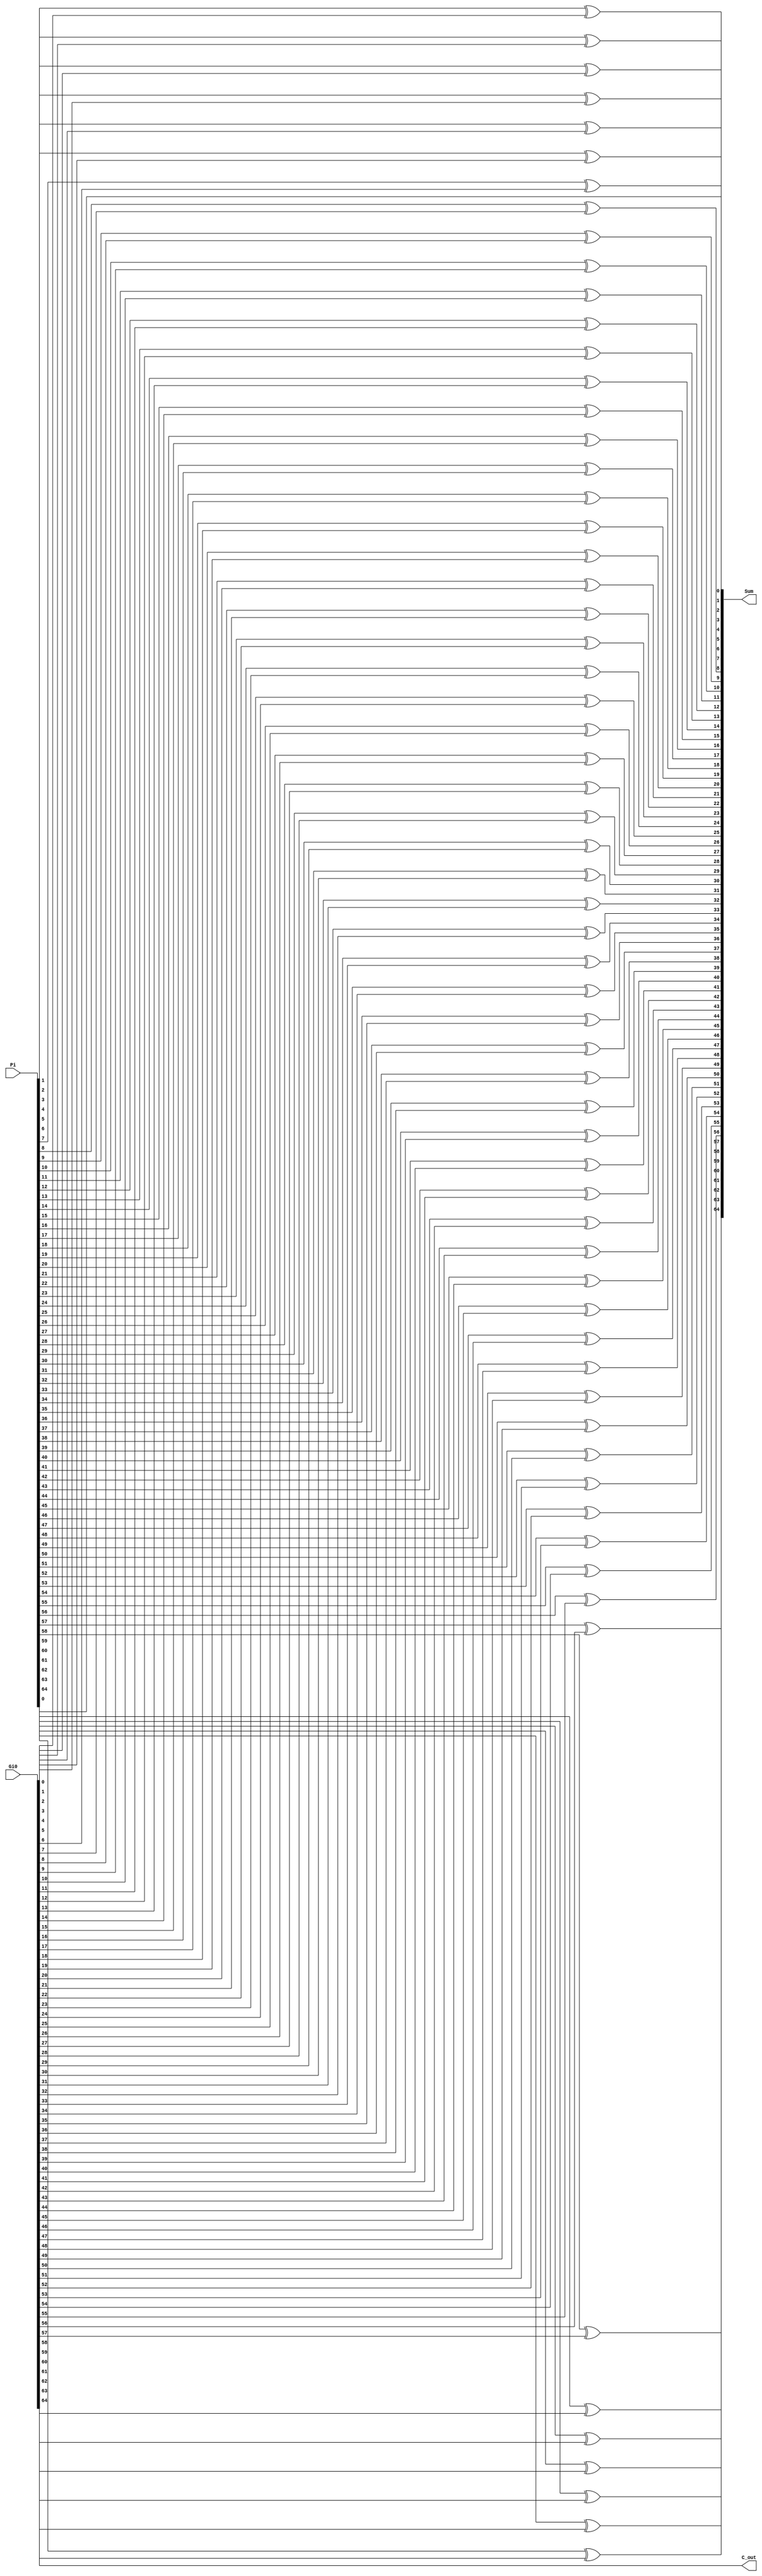
`timescale 1ns / 1ps
//////////////////////////////////////////////////////////////////////////////////
// Company: 
// Engineer: 
// 
// Design Name: 
// Module Name:    Sum_logic 
// Project Name: 
// Target Devices: 
// Tool versions: 
// Description: 
//
// Dependencies: 
//
// Revision: 
// Revision 0.01 - File Created
// Additional Comments: 
//
//////////////////////////////////////////////////////////////////////////////////
module Sum_logic(Sum, C_out, Gi0, Pi);
output [64:0]Sum;
output C_out;
input [64:0] Gi0, Pi;

assign Sum[0] = Pi[0];

xor x1(Sum[1], Pi[1], Gi0[0]);
xor x2(Sum[2], Pi[2], Gi0[1]);
xor x3(Sum[3], Pi[3], Gi0[2]);
xor x4(Sum[4], Pi[4], Gi0[3]);
xor x5(Sum[5], Pi[5], Gi0[4]);
xor x6(Sum[6], Pi[6], Gi0[5]);
xor x7(Sum[7], Pi[7], Gi0[6]);
xor x8(Sum[8], Pi[8], Gi0[7]);

xor x9(Sum[9], Pi[9], Gi0[8]);
xor x10(Sum[10], Pi[10], Gi0[9]);
xor x11(Sum[11], Pi[11], Gi0[10]);
xor x12(Sum[12], Pi[12], Gi0[11]);
xor x13(Sum[13], Pi[13], Gi0[12]);
xor x14(Sum[14], Pi[14], Gi0[13]);
xor x15(Sum[15], Pi[15], Gi0[14]);
xor x16(Sum[16], Pi[16], Gi0[15]);

xor x17(Sum[17], Pi[17], Gi0[16]);
xor x18(Sum[18], Pi[18], Gi0[17]);
xor x19(Sum[19], Pi[19], Gi0[18]);
xor x20(Sum[20], Pi[20], Gi0[19]);
xor x21(Sum[21], Pi[21], Gi0[20]);
xor x22(Sum[22], Pi[22], Gi0[21]);
xor x23(Sum[23], Pi[23], Gi0[22]);
xor x24(Sum[24], Pi[24], Gi0[23]);

xor x25(Sum[25], Pi[25], Gi0[24]);
xor x26(Sum[26], Pi[26], Gi0[25]);
xor x27(Sum[27], Pi[27], Gi0[26]);
xor x28(Sum[28], Pi[28], Gi0[27]);
xor x29(Sum[29], Pi[29], Gi0[28]);
xor x30(Sum[30], Pi[30], Gi0[29]);
xor x31(Sum[31], Pi[31], Gi0[30]);
xor x32(Sum[32], Pi[32], Gi0[31]);

xor x33(Sum[33], Pi[33], Gi0[32]);
xor x34(Sum[34], Pi[34], Gi0[33]);
xor x35(Sum[35], Pi[35], Gi0[34]);
xor x36(Sum[36], Pi[36], Gi0[35]);
xor x37(Sum[37], Pi[37], Gi0[36]);
xor x38(Sum[38], Pi[38], Gi0[37]);
xor x39(Sum[39], Pi[39], Gi0[38]);
xor x40(Sum[40], Pi[40], Gi0[39]);

xor x41(Sum[41], Pi[41], Gi0[40]);
xor x42(Sum[42], Pi[42], Gi0[41]);
xor x43(Sum[43], Pi[43], Gi0[42]);
xor x44(Sum[44], Pi[44], Gi0[43]);
xor x45(Sum[45], Pi[45], Gi0[44]);
xor x46(Sum[46], Pi[46], Gi0[45]);
xor x47(Sum[47], Pi[47], Gi0[46]);
xor x48(Sum[48], Pi[48], Gi0[47]);

xor x49(Sum[49], Pi[49], Gi0[48]);
xor x50(Sum[50], Pi[50], Gi0[49]);
xor x51(Sum[51], Pi[51], Gi0[50]);
xor x52(Sum[52], Pi[52], Gi0[51]);
xor x53(Sum[53], Pi[53], Gi0[52]);
xor x54(Sum[54], Pi[54], Gi0[53]);
xor x55(Sum[55], Pi[55], Gi0[54]);
xor x56(Sum[56], Pi[56], Gi0[55]);

xor x57(Sum[57], Pi[57], Gi0[56]);
xor x58(Sum[58], Pi[58], Gi0[57]);
xor x59(Sum[59], Pi[59], Gi0[58]);
xor x60(Sum[60], Pi[60], Gi0[59]);
xor x61(Sum[61], Pi[61], Gi0[60]);
xor x62(Sum[62], Pi[62], Gi0[61]);
xor x63(Sum[63], Pi[63], Gi0[62]);
xor x64(Sum[64], Pi[64], Gi0[63]);

assign C_out = Gi0[64];


endmodule